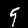
Digit: 9